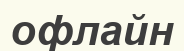
офлайн